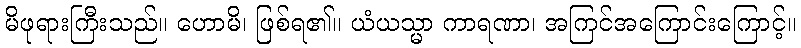
မိဖုရားကြီးသည်။ ဟောမိ၊ ဖြစ်ရ၏။ ယံယသ္မာ ကာရဏာ၊ အကြင်အကြောင်းကြောင့်။